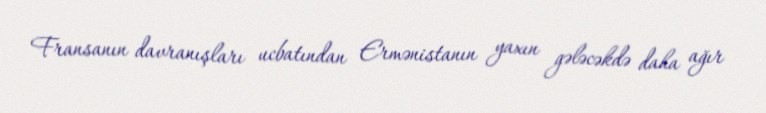
Fransanın davranışları ucbatından Ermənistanın yaxın gələcəkdə daha ağır